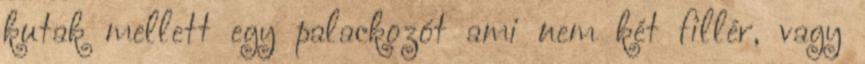
kutak mellett egy palackozót ami nem két fillér, vagy